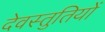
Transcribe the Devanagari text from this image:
देवस्तुतियों